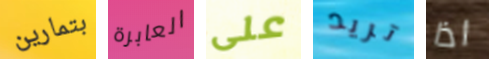
بتمارين العابرة على تريد اذا